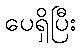
ပေရှိပြီး